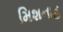
મિશનાહ